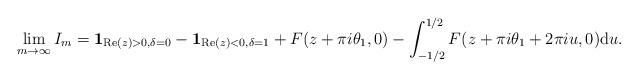
LaTeX: \begin{align*} \lim_{m \to \infty} I_m = \mathbf{1}_{ \mathrm{Re}(z) > 0 , \delta = 0 } - \mathbf{1}_{ \mathrm{Re}(z) < 0 , \delta=1} + F(z+\pi i \theta_1,0) - \int_{-1/2}^{1/2} F(z+\pi i \theta_1 + 2 \pi i u, 0 ) \mathrm{d}u. \end{align*}